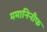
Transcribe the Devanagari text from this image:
ममानिनीफ